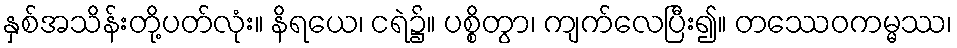
နှစ်အသိန်းတို့ပတ်လုံး။ နိရယေ၊ ငရဲ၌။ ပစ္စိတွာ၊ ကျက်လေပြီး၍။ တဿေဝကမ္မဿ၊